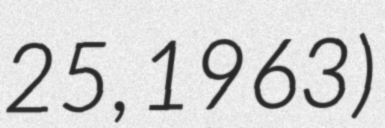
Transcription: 25, 1963)